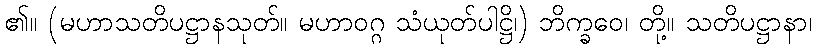
၏။ (မဟာသတိပဋ္ဌာနသုတ်။ မဟာဝဂ္ဂ သံယုတ်ပါဋ္ဌိ၊) ဘိက္ခဝေ၊ တို့။ သတိပဋ္ဌာနာ၊